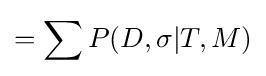
=\sum P(D,\sigma |T,M)